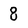
Character: 8